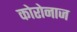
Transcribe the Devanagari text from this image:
कोरोनाज